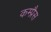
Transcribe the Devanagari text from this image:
कम्प्रैस